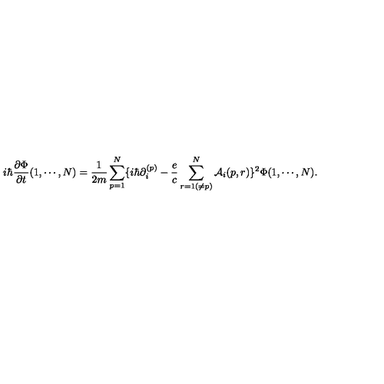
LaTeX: i \hbar { \frac { \partial \Phi } { \partial t } } ( 1 , \cdots , N ) = { \frac { 1 } { 2 m } } \sum _ { p = 1 } ^ { N } \{ i \hbar \partial _ { i } ^ { ( p ) } - { \frac { e } { c } } \sum _ { r = 1 ( \ne p ) } ^ { N } { \cal A } _ { i } ( p , r ) \} ^ { 2 } \Phi ( 1 , \cdots , N ) .